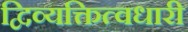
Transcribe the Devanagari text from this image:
द्विव्यक्तित्वधारी